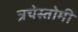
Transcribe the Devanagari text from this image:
त्रचेस्तोमी